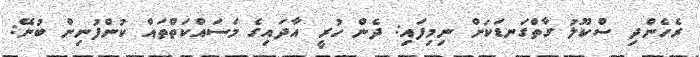
ރެހެންދި ސްކޫލު ގާތްގަނޑަކަށް ނިމިފައި: ދެން ހުރީ އާދައިގެ މަސައްކަތްތައް ކުންފުނިން ބުނޭ: